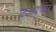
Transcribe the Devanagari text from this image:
एअरपंप